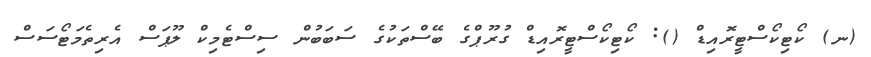
(ނ) ކޯޓިކޯސްޓީރޮއިޑް (): ކޯޓިކޯސްޓީރޮއިޑް ގުރޫޕްގެ ބޭސްތަކުގެ ސަބަބުން ސިސްޓެމިކް ލޫޕަސް އެރިތެމަޓޯސަސް